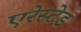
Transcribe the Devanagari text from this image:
एरेस्टेड